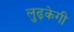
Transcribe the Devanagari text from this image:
लुढ़केगी